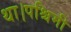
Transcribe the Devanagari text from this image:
था।पश्चिमी